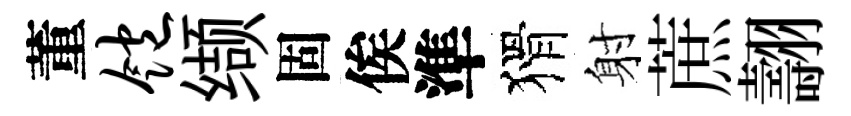
董饱缬固俟準猾射蔗翿